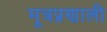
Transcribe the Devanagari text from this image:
मूत्रप्रणाली